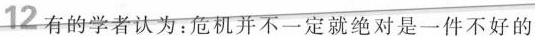
12 有的学者认为：危机并不一定就绝对是一件不好的